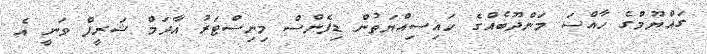
ގައްޔޫމްގެ ހާއްސަ މަންދޫބެއްގެ ހައިސިއްޔަތުން ޑިފެންސް މިނިސްޓަރު އާދަމް ޝަރީފް ވަނީ އެ